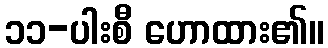
၁၁-ပါးစီ ဟောထား၏။